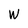
Character: W